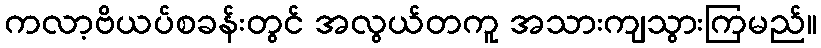
ကလာ့ဗိယပ်စခန်းတွင် အလွယ်တကူ အသားကျသွားကြမည်။